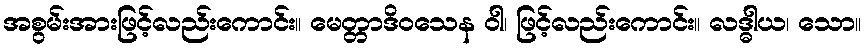
အစွမ်းအားဖြင့်လည်းကောင်း။ မေတ္တာဒိဝသေန ဝါ၊ ဖြင့်လည်းကောင်း။ လဒ္ဓါယ၊ သော။